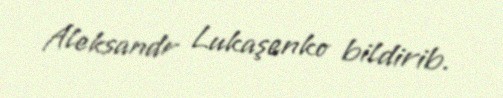
Aleksandr Lukaşenko bildirib.